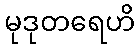
မုဒုတရေဟိ